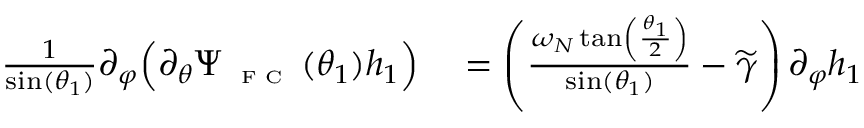
\begin{array} { r l } { \frac { 1 } { \sin ( \theta _ { 1 } ) } \partial _ { \varphi } \Big ( \partial _ { \theta } \Psi _ { \textnormal { \tiny { F C } } } ( \theta _ { 1 } ) h _ { 1 } \Big ) } & { { } = \left( \frac { \omega _ { N } \tan \left( \frac { \theta _ { 1 } } { 2 } \right) } { \sin ( \theta _ { 1 } ) } - \widetilde { \gamma } \right) \partial _ { \varphi } h _ { 1 } } \end{array}